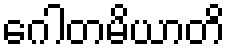
ဂေါတမိယာတိ